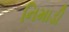
નિમાડી